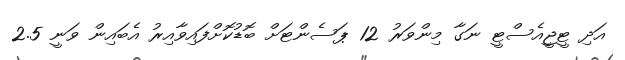
އަދި ޓީޖީއެސްޓީ ނަގާ މިންވަރު 12 ޕަސެންޓަށް ބޮޑުކޮށްފައިވާއިރު އެބައިން ވަނީ 2.5